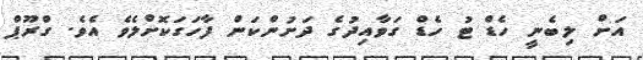
އަށް ލިބެނީ ހެޑް ޓު ހެޑް ގަވާއިދުގެ ދަށުންކަން ފާހަގަކޮށްލެވެ އެވެ. ގްރޫޕް